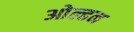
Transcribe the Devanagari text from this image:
ओल्ढन